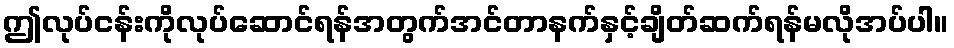
ဤလုပ်ငန်းကိုလုပ်ဆောင်ရန်အတွက်အင်တာနက်နှင့်ချိတ်ဆက်ရန်မလိုအပ်ပါ။